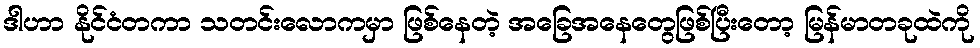
ဒါဟာ နိုင်ငံတကာ သတင်းလောကမှာ ဖြစ်နေတဲ့ အခြေအနေတွေဖြစ်ပြီးတော့ မြန်မာတခုထဲကို